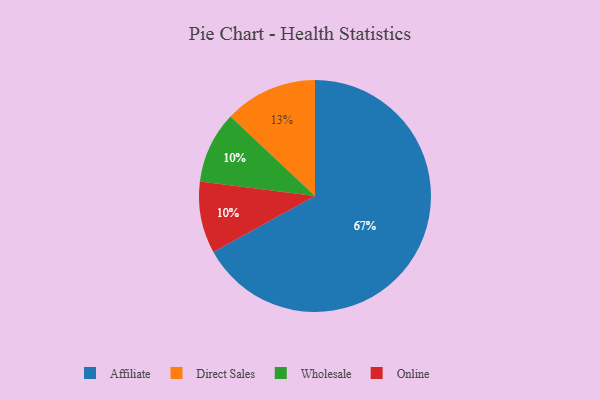
{"axis": {"x": "Category", "y": "Percentage"}, "legend": ["Affiliate", "Direct Sales", "Online", "Wholesale"], "data": [{"x": "Direct Sales", "y": 13, "type": "Direct Sales"}, {"x": "Affiliate", "y": 67, "type": "Affiliate"}, {"x": "Wholesale", "y": 10, "type": "Wholesale"}, {"x": "Online", "y": 10, "type": "Online"}]}